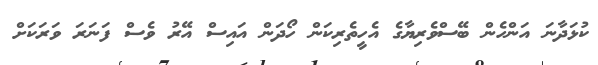
ކުޅަދާނަ އަންހެން ބޭސްވެރިޔާގެ އެހީތެރިކަން ހޯދަން އައިސް އޭރު ވެސް ފަނަރަ ވަރަކަށް